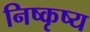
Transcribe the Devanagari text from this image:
निष्कृष्य